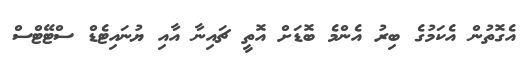
އެގޮތުން އެކަމުގެ ބިރު އެންމެ ބޮޑަށް އޮތީ ޗައިނާ އާއި ޔުނައިޓެޑް ސްޓޭޓްސް